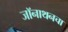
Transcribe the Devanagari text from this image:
जॉनाथनचा